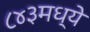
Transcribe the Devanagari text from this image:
८४३मध्ये